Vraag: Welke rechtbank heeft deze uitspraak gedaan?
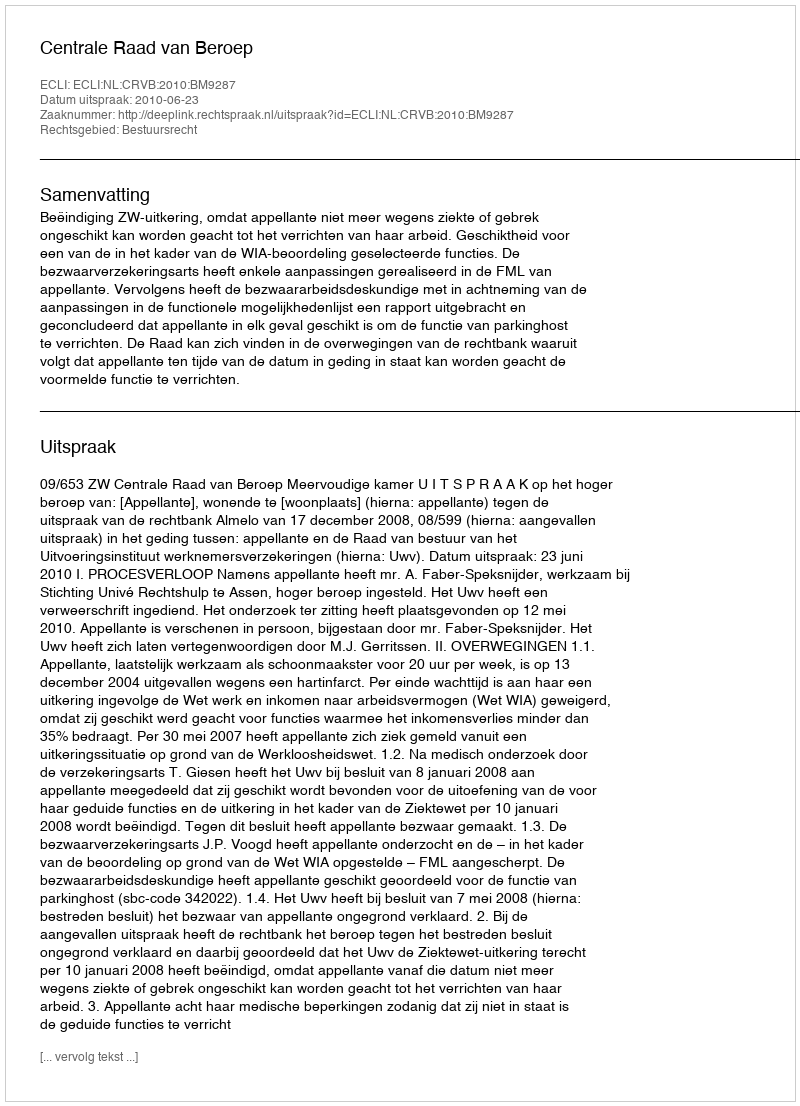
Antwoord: Centrale Raad van Beroep